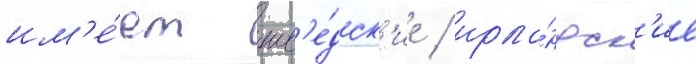
им'е́ет шв'е́дск'ие / ирла́ндск'ие